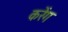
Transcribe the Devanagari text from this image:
करेंग